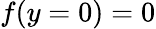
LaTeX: f(y=0)=0